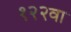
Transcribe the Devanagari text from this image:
१२२वा